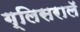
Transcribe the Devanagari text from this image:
ग्लिसरालॅ